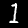
Digit: 1